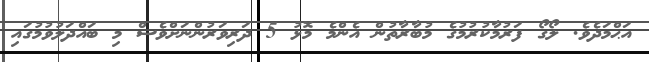
އަޙްމަދެވެ. ލޯގޯ ފަރުމާކުރުމުގެ މުބާރާތުން އެންމެ މޮޅު 5 ދަރިވަރުންނަށްވެސް މި ބައްދަލުވުމުގައި